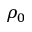
\rho _ { 0 }